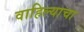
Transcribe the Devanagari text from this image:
वाहिल्याचा